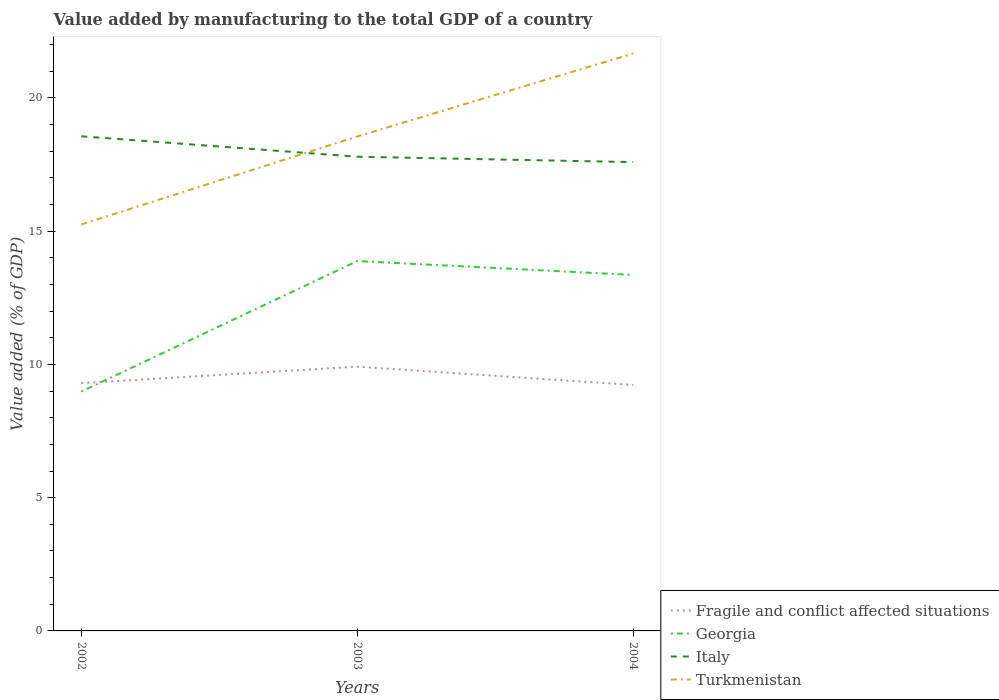
| Years | Fragile and conflict affected situations | Georgia | Italy | Turkmenistan |
 | --- | --- | --- | --- | --- |
 | 2002 | 9.3 | 8.98 | 18.6 | 15.3 |
 | 2003 | 9.92 | 13.9 | 17.8 | 18.6 |
 | 2004 | 9.23 | 13.4 | 17.6 | 21.7 |